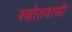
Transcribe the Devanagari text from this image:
स्त्रोतवासी